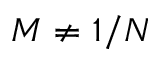
M \neq 1 / N